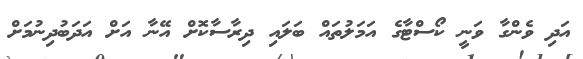
އަދި ވެންގާ ވަނީ ކޯސްޓާގެ އަމަލުތައް ބަލައި ދިރާސާކޮށް އޭނާ އަށް އަދަބުދިނުމަށް